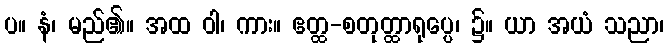
ပ။ နံ၊ မည်၏။ အထ ဝါ၊ ကား။ ဧတ္ထ-စတုတ္ထာရုပ္ပေ၊ ၌။ ယာ အယံ သညာ၊